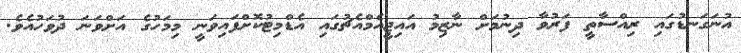
އުނަގަނޑުގައި ރިއްސާތީ ފަރުވާ ދިނުމަށް ނާޒިމު އައިޖީއެމްއެޗުގައި އެޑްމިޓުކޮށްފައިވަނީ މިމަހުގެ އަށްވަނަ ދުވަހުއެވެ.